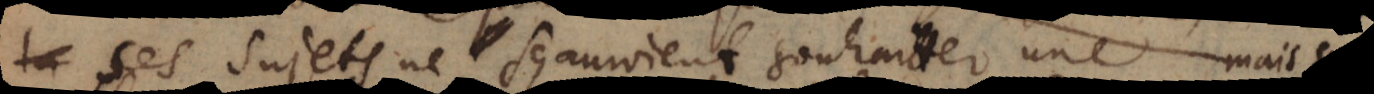
ses sujets ne sçauroient souhaitter une